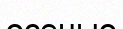
осеныо